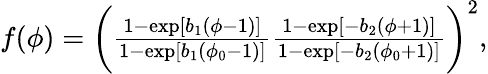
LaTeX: \begin{array}{r}{f(\phi)=\biggl(\frac{1-\exp[b_{1}(\phi-1)]}{1-\exp[b_{1}(\phi_{0}-1)]}\frac{1-\exp[-b_{2}(\phi+1)]}{1-\exp[-b_{2}(\phi_{0}+1)]}\biggr)^{2},}\end{array}